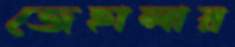
জেহালার